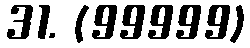
31. (99999)